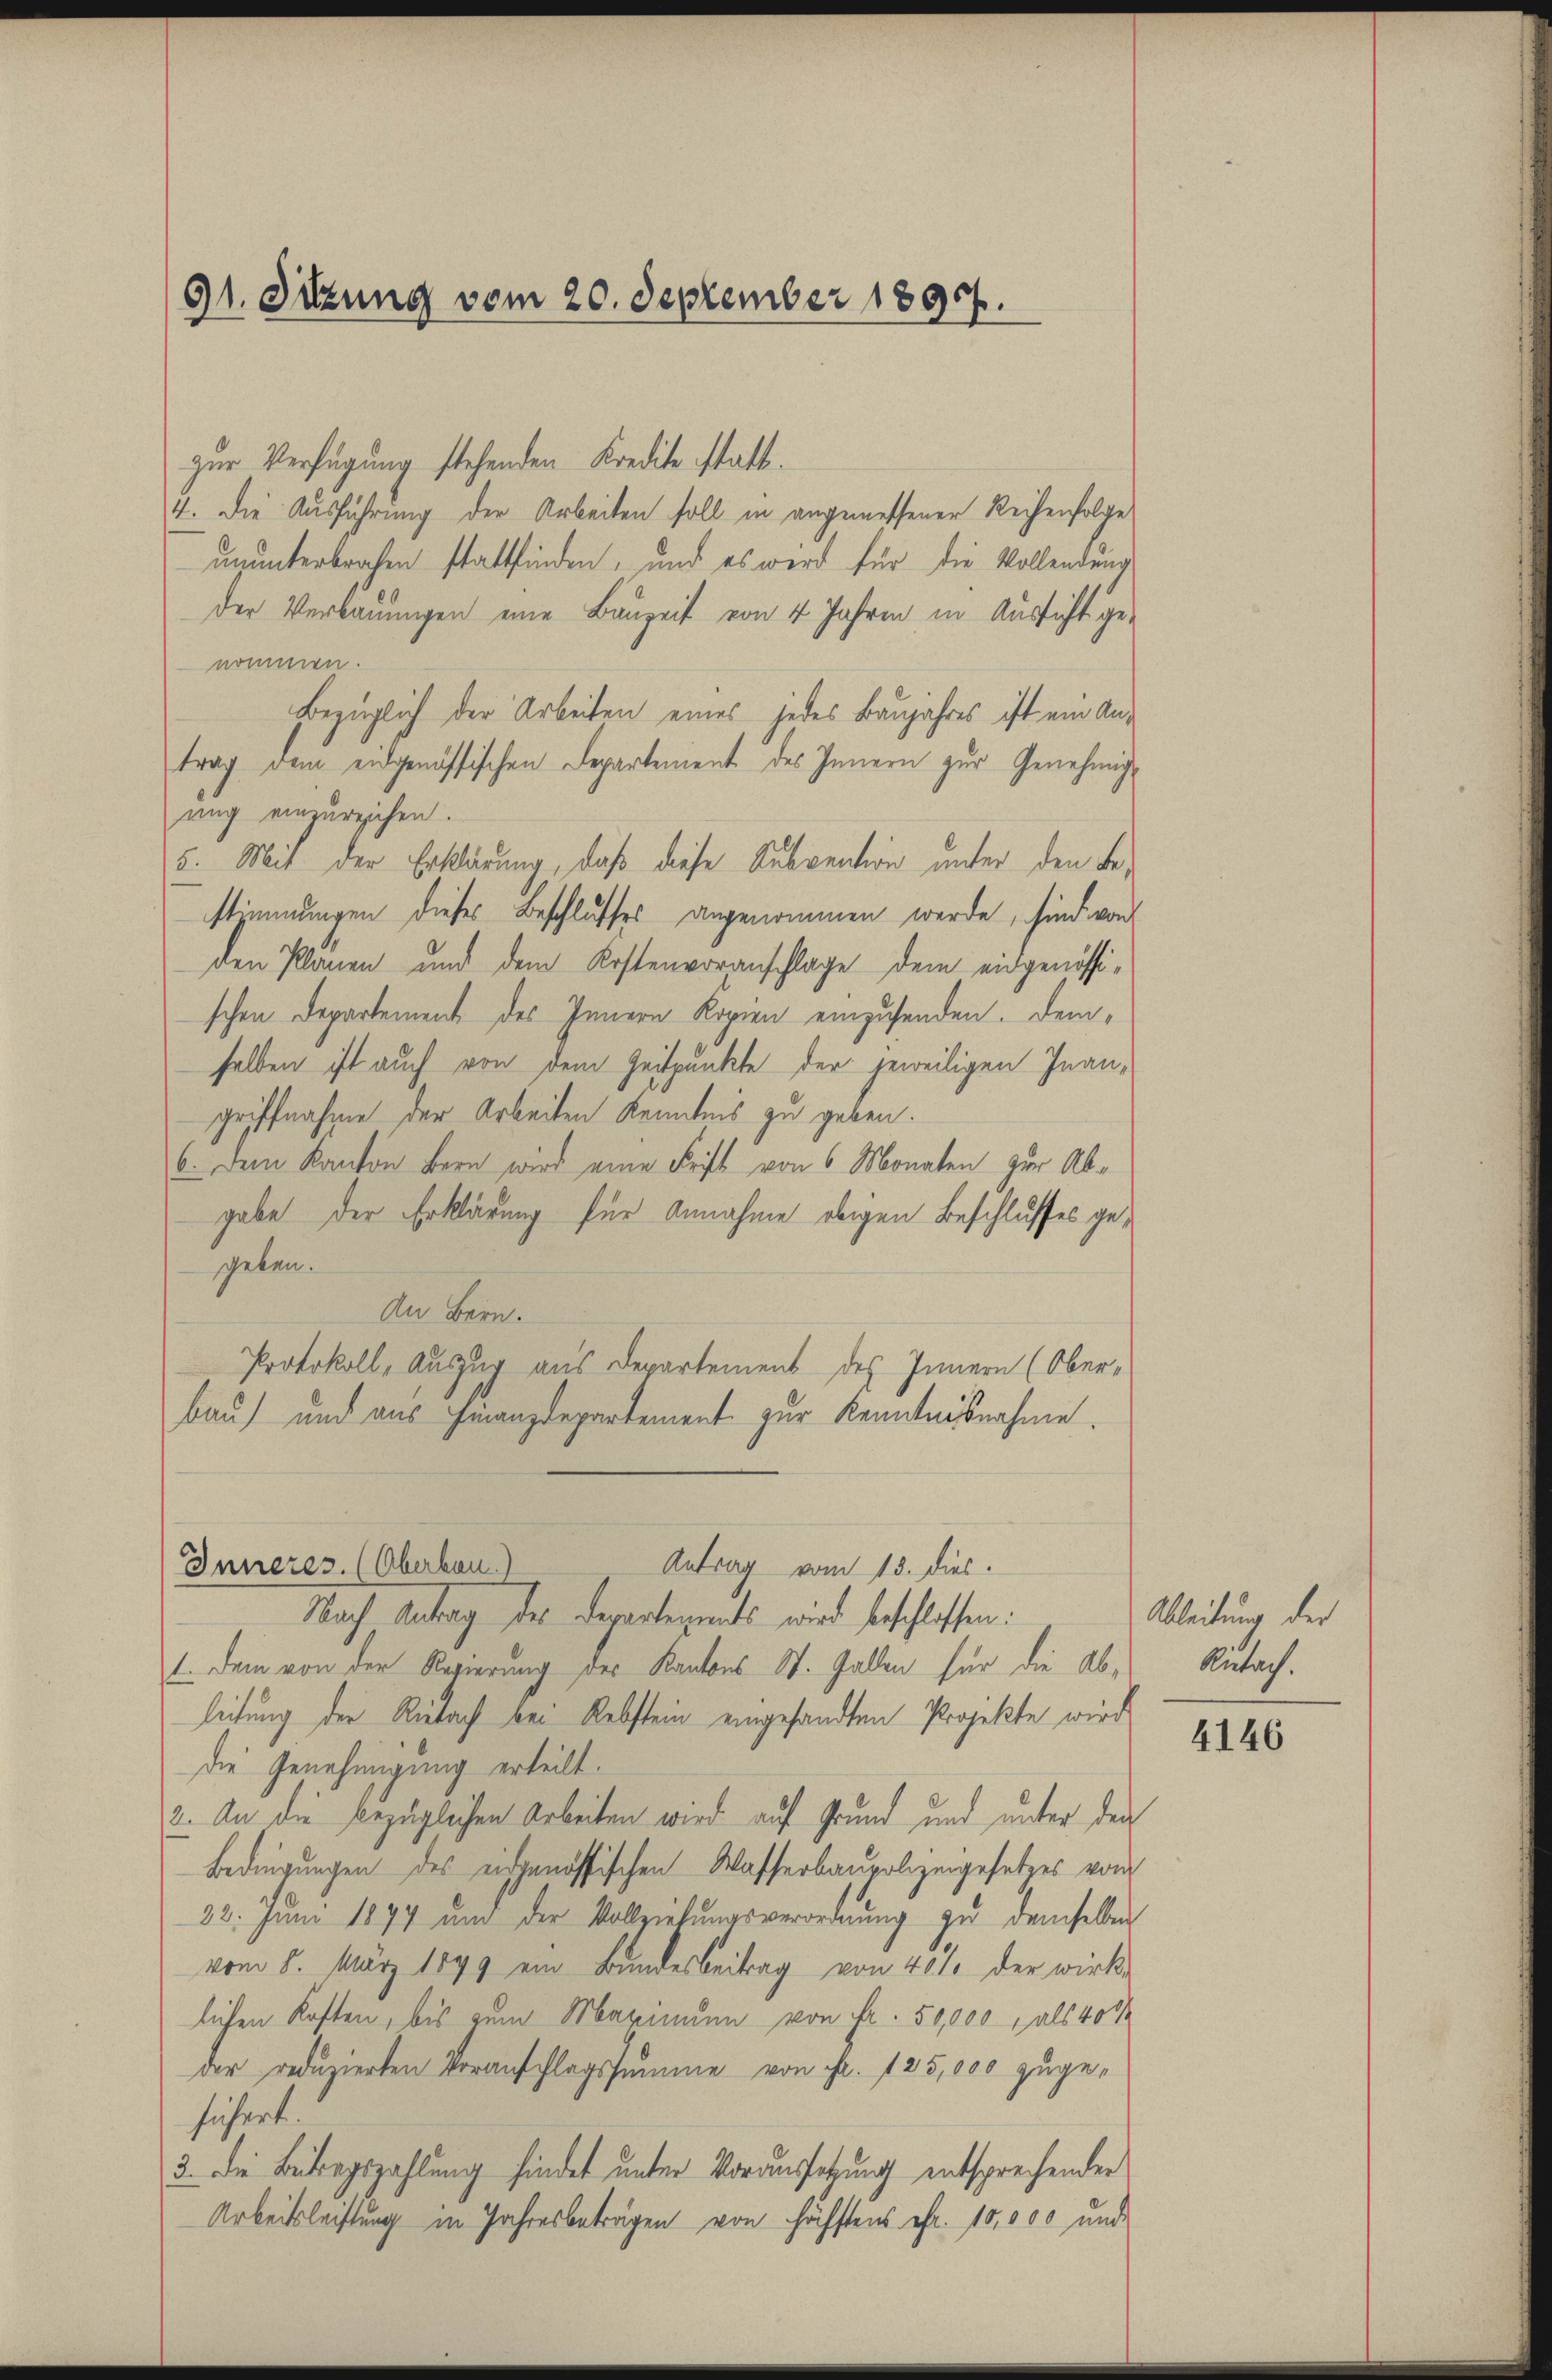
91. Sitzung vom 20. September 1897.

zur Verfügung stehenden Kredite statt.
4. Die Ausführung der Arbeiten soll in angemessener Reihenfolge
ununterbrachen stattfinden, und es wird für die Vollendung
der Verbauungen eine Bauzeit von 4 Jahren in Aussicht ge-
nommen.
Bezüglich der Arbeiten eines jedes Baujahres ist ein Antrag dem eidgenössischen Departement des Innern zur Genehmigung einzureichen.
stimmungen dieses Beschlusses angenommen werde, sind von
den Planen und dem Kostenvoranschlage dem eidgenössischen Departement des Innern Kopien einzusenden. Demselben ist auch von dem Zeitpunkte der jeweiligen Inan-
griffnahme der Arbeiten Kenntnis zu geben.
6. Dem Kanton Bern wird eine Frist von 6 Monaten zur Abgabe der Erklärung für Annahme obigen Beschlusses gegeben.
An Bern.
Protokoll, Auszug aus Departement des Innern (Ober-
bau) und aus Finanzdepartement zur Kenntnisnahme.

5. Mit der Erklärung, daß diese Subvention unter den Be¬

Inneres. (Oberkau
Antrag vom 13. dies.
Nach Antrag des Departements wird beschlossen:

1. Dem von der Regierung des Kantons St. Gallen für die Ableitung der Riebach bei Rebstein eingesandten Projekte wird
Die Genehmigung erteilt.
2. An die bezüglichen Arbeiten wird auf Grund und unter den
Bedingungen des eidgenössischen Wasserbaupolizeigesetzes vom
22. Juni 1877 ŭm der Vollziehŭngsverordnŭng zu demselben
vom 8. März 1899 ein Bundesbeitrag von 40% der wirk-
lichen Kosten, bis zum Maximum von Fr. 50,000, als 400
der reduzierten Voranschlagssumme von Fr. 125,000 zugefüchert.
3. Die Betragszahlung findet unter Voraussetzung entsprechender
Arbeitsleistung in Jahresbeträgen von Höchstens efr. 10,000 und

Ableitung der
Rübach.

4146